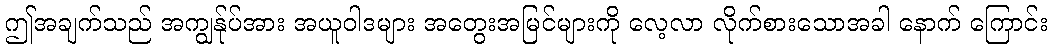
ဤအချက်သည် အကျွန်ုပ်အား အယူဝါဒများ အတွေးအမြင်များကို လေ့လာ လိုက်စားသောအခါ နောက် ကြောင်း